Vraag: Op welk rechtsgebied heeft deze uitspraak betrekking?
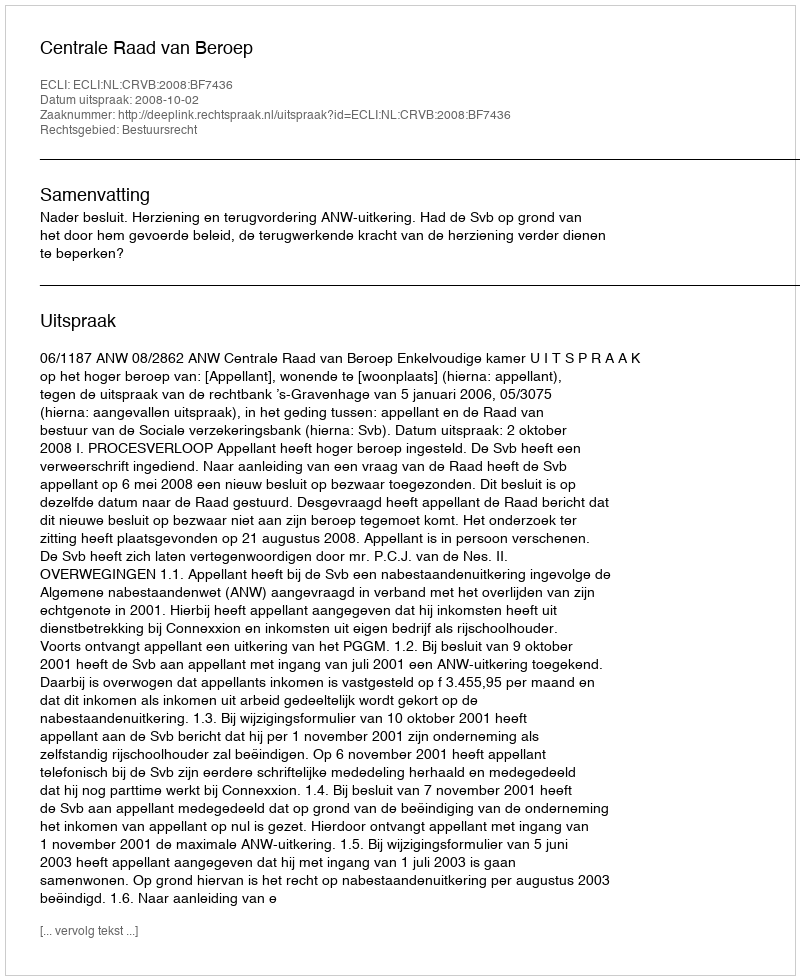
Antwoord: Bestuursrecht